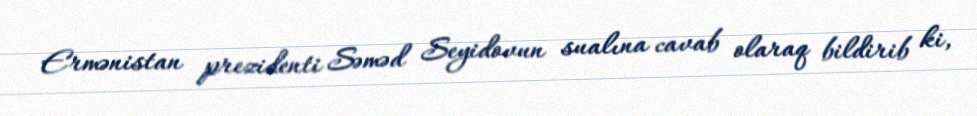
Ermənistan prezidenti Səməd Seyidovun sualına cavab olaraq bildirib ki,